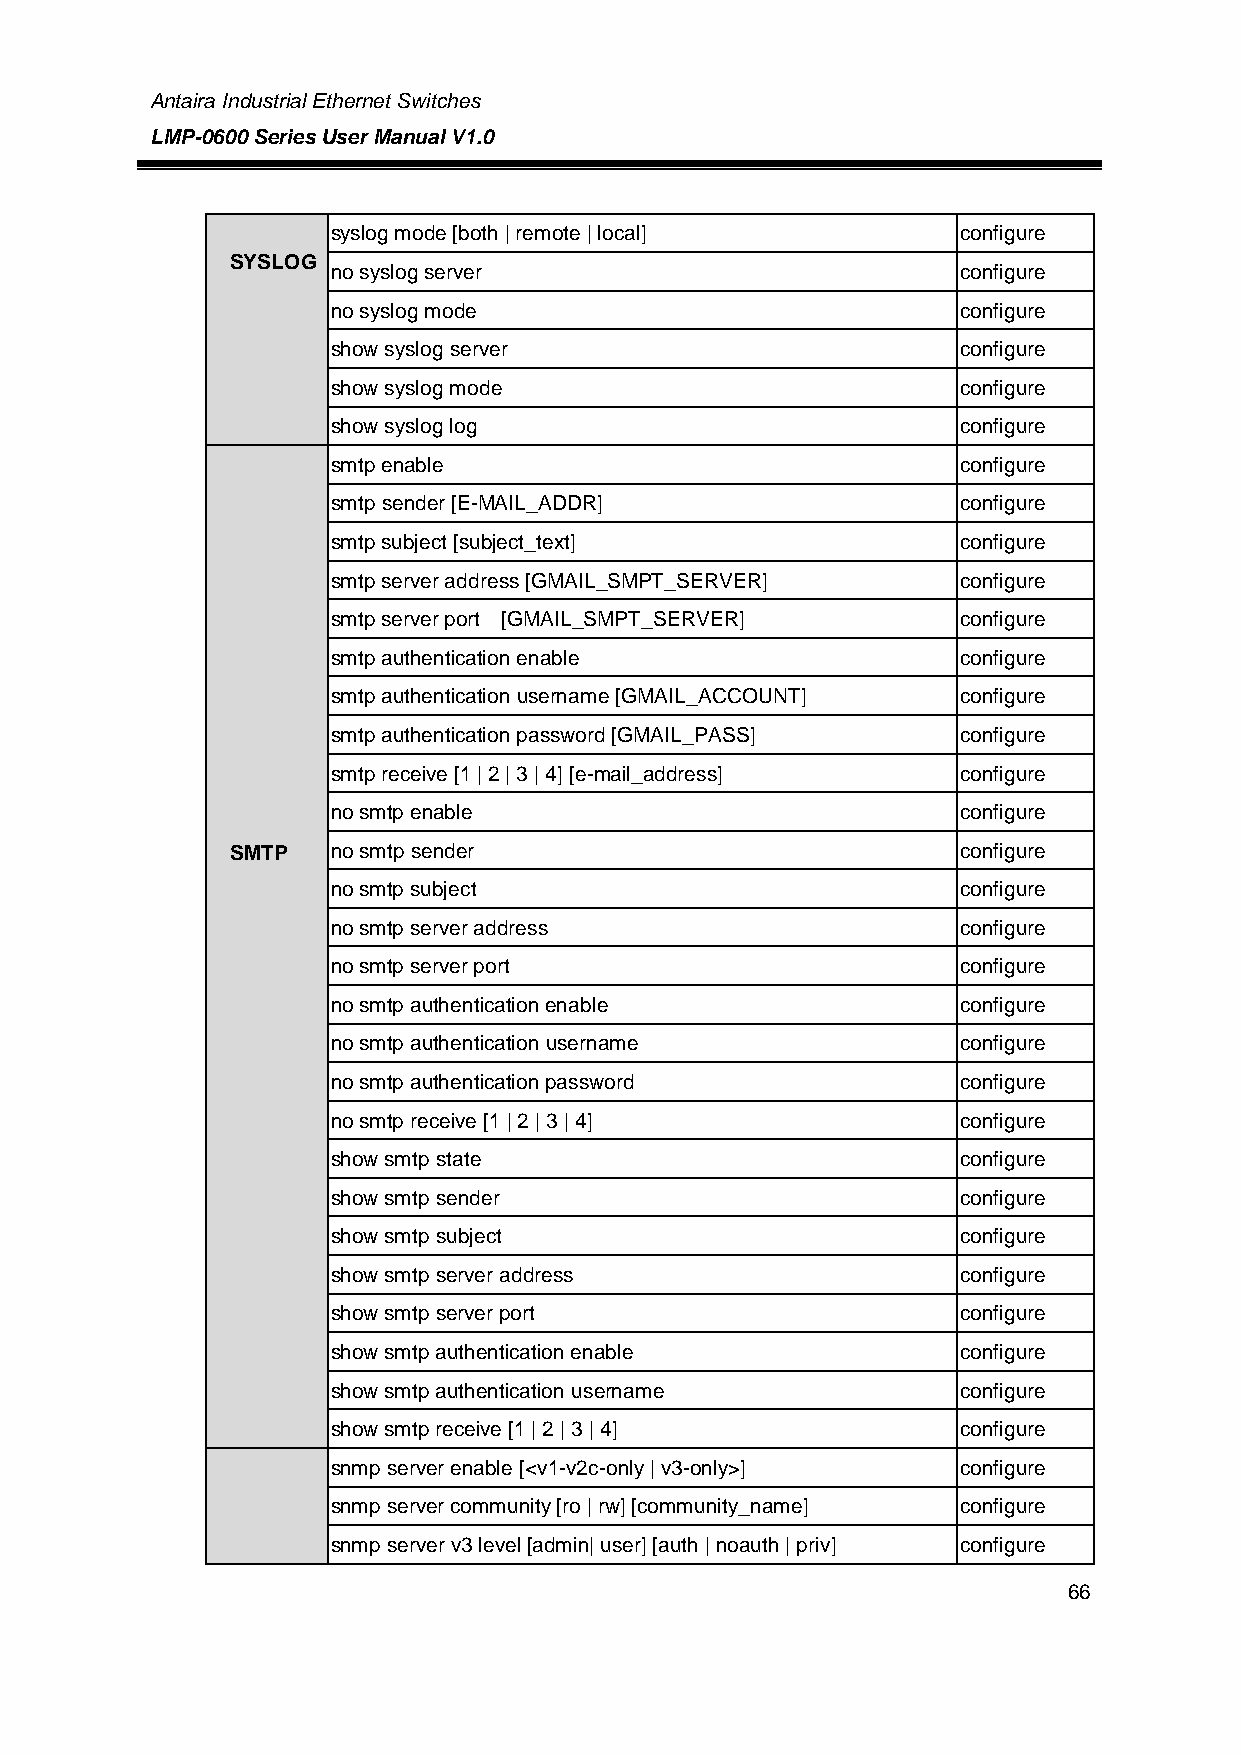
Antaira Industrial Ethernet Switches
 LMP-0600 Series User Manual V1.0
 syslog mode [both | remote | local]       configure
 SYSLOG
 no syslog server                          configure
 no syslog mode                            configure
 show syslog server                        configure
 show syslog mode                          configure
 show syslog log                           configure
 smtp enable                               configure
 smtp sender [E-MAIL_ADDR]                 configure
 smtp subject [subject_text]               configure
 smtp server address [GMAIL_SMPT_SERVER]   configure
 smtp server port [GMAIL_SMPT_SERVER]      configure
 smtp authentication enable                configure
 smtp authentication username [GMAIL_ACCOUNT] configure
 smtp authentication password [GMAIL_PASS] configure
 smtp receive [1 | 2 | 3 | 4] [e-mail_address] configure
 no smtp enable                            configure
 SMTP   no smtp sender                            configure
 no smtp subject                           configure
 no smtp server address                    configure
 no smtp server port                       configure
 no smtp authentication enable             configure
 no smtp authentication username           configure
 no smtp authentication password           configure
 no smtp receive [1 | 2 | 3 | 4]           configure
 show smtp state                           configure
 show smtp sender                          configure
 show smtp subject                         configure
 show smtp server address                  configure
 show smtp server port                     configure
 show smtp authentication enable           configure
 show smtp authentication username         configure
 show smtp receive [1 | 2 | 3 | 4]         configure
 snmp server enable [<v1-v2c-only | v3-only>] configure
 snmp server community [ro | rw] [community_name] configure
 snmp server v3 level [admin| user] [auth | noauth | priv] configure
 66